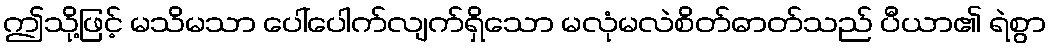
ဤသို့ဖြင့် မသိမသာ ပေါ်ပေါက်လျက်ရှိသော မလုံမလဲစိတ်ဓာတ်သည် ပီယာ၏ ရဲစွာ